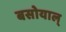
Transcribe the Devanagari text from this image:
बसोयाल्